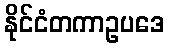
နိုင်ငံတကာဥပဒေ